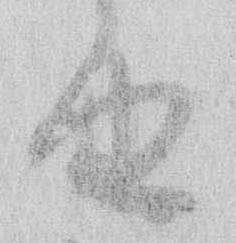
由